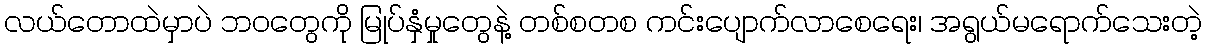
လယ်တောထဲမှာပဲ ဘဝတွေကို မြုပ်နှံမှုတွေနဲ့ တစ်စတစ ကင်းပျောက်လာစေရေး၊ အရွယ်မရောက်သေးတဲ့